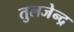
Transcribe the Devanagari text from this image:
तुलजेन्द्र